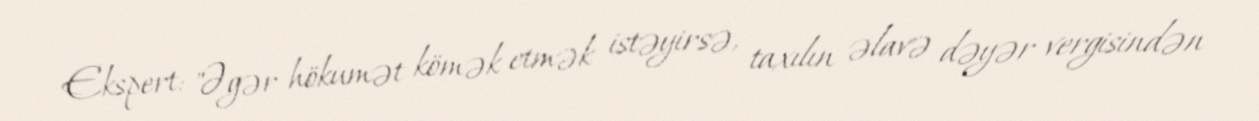
Ekspert: "Əgər hökumət kömək etmək istəyirsə, taxılın əlavə dəyər vergisindən